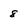
Character: 8